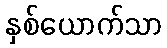
နှစ်ယောက်သာ